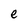
Character: e